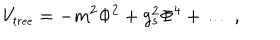
V _ { \small { t r e e } } = - m ^ { 2 } \Phi ^ { 2 } + g _ { s } ^ { 2 } \Phi ^ { 4 } + \dots ~ ,